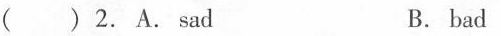
( ) 2. A.Sad B. bad